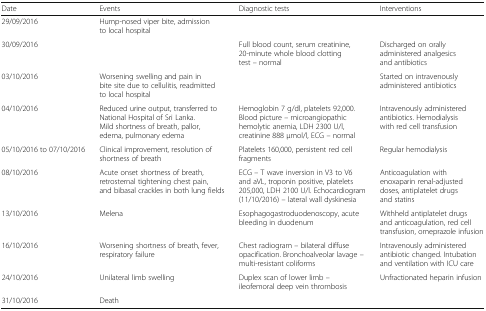
<table><thead><tr><td><b>Date</b></td><td><b>Events</b></td><td><b>Diagnostic tests</b></td><td><b>Interventions</b></td></tr></thead><tbody><tr><td>29/09/2016</td><td>Hump-nosed viper bite, admission to local hospital</td><td></td><td></td></tr><tr><td>30/09/2016</td><td></td><td>Full blood count, serum creatinine, 20-minute whole blood clotting test – normal</td><td>Discharged on orally administered analgesics and antibiotics</td></tr><tr><td>03/10/2016</td><td>Worsening swelling and pain in bite site due to cellulitis, readmitted to local hospital</td><td></td><td>Started on intravenously administered antibiotics</td></tr><tr><td>04/10/2016</td><td>Reduced urine output, transferred to National Hospital of Sri Lanka.Mild shortness of breath, pallor, edema, pulmonary edema</td><td>Hemoglobin 7 g/dl, platelets 92,000. Blood picture – microangiopathic hemolytic anemia, LDH 2300 U/l, creatinine 888 μmol/l, ECG – normal</td><td>Intravenously administered antibiotics. Hemodialysis with red cell transfusion</td></tr><tr><td>05/10/2016 to 07/10/2016</td><td>Clinical improvement, resolution of shortness of breath</td><td>Platelets 160,000, persistent red cell fragments</td><td>Regular hemodialysis</td></tr><tr><td>08/10/2016</td><td>Acute onset shortness of breath, retrosternal tightening chest pain, and bibasal crackles in both lung fields</td><td>ECG – T wave inversion in V3 to V6 and aVL, troponin positive, platelets 205,000, LDH 2100 U/l. Echocardiogram (11/10/2016) – lateral wall dyskinesia</td><td>Anticoagulation with enoxaparin renal-adjusted doses, antiplatelet drugs and statins</td></tr><tr><td>13/10/2016</td><td>Melena</td><td>Esophagogastroduodenoscopy, acute bleeding in duodenum</td><td>Withheld antiplatelet drugs and anticoagulation, red cell transfusion, omeprazole infusion</td></tr><tr><td>16/10/2016</td><td>Worsening shortness of breath, fever, respiratory failure</td><td>Chest radiogram – bilateral diffuse opacification. Bronchoalveolar lavage – multi-resistant coliforms</td><td>Intravenously administered antibiotic changed. Intubation and ventilation with ICU care</td></tr><tr><td>24/10/2016</td><td>Unilateral limb swelling</td><td>Duplex scan of lower limb – ileofemoral deep vein thrombosis</td><td>Unfractionated heparin infusion</td></tr><tr><td>31/10/2016</td><td>Death</td><td></td><td></td></tr></tbody></table>